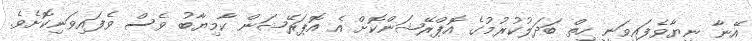
އޭނާ ނިޔާވެފައިވަނީ ހިތް ބަދަލުކުރުމުގެ އޮޕްރޭޝަންކޮށް އެ އޮޕަރޭޝަން ކާމިޔާބު ވެސް ވެފައިވަނިކޮށެވެ.